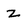
Character: z